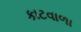
કાટવાળા